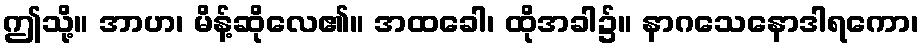
ဤသို့။ အာဟ၊ မိန့်ဆိုလေ၏။ အထခေါ၊ ထိုအခါ၌။ နာဂသေနောဒါရကော၊